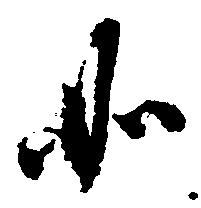
如